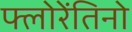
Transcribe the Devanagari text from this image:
फ्लोरेंतिनो